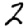
Digit: 2